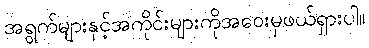
အရွက်များနှင့်အကိုင်းများကိုအဝေးမှဖယ်ရှားပါ။